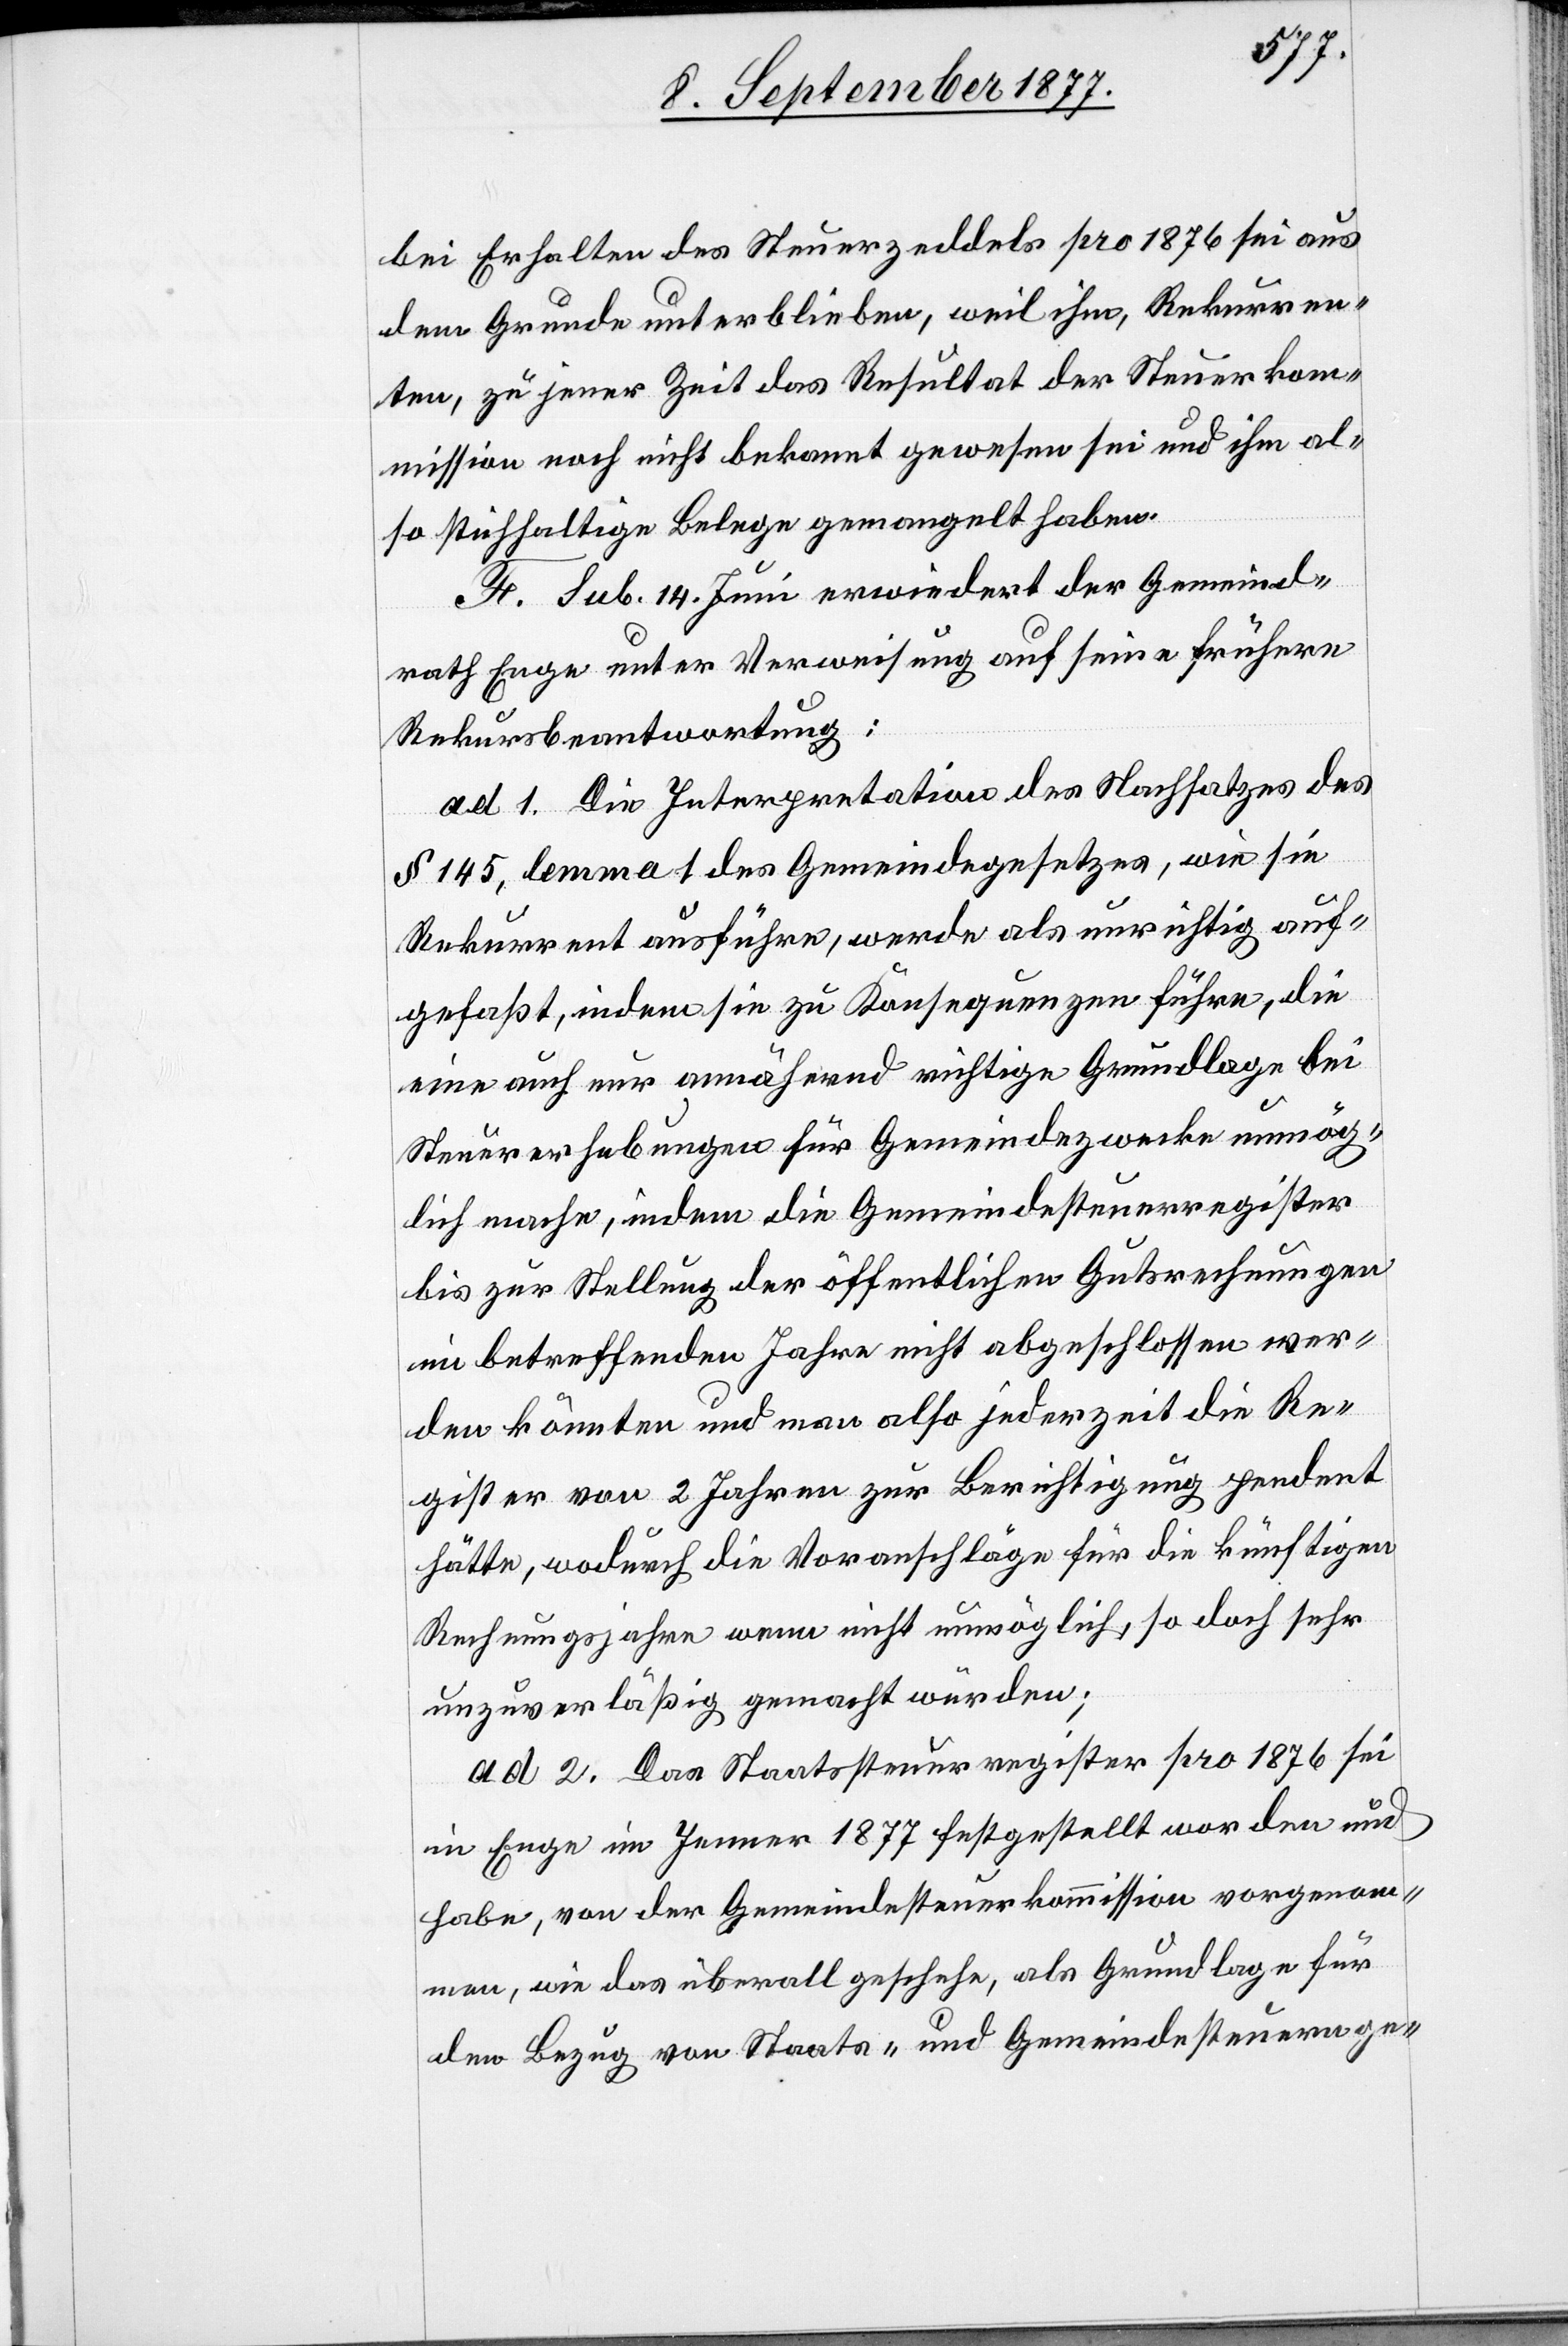
bei Erhalten des Steuerzeddels pro 1876 sei aus
dem Grunde unterblieben, weil ihm, Rekurren¬
ten, zu jener Zeit das Resultat der Steuerko¬
mmission noch nicht bekannt gewesen sei und ihm al¬
so stichhaltige Belege gemangelt haben.
F. Sub. 14. Juni erwiedert der Gemeind¬
rath Enge unter Verweisung auf seine frühere
Rekursbeantwortung:
ad 1. Die Interpretation des Nachsatzes des
§ 145, lemma 1 des Gemeindegesetzes, wie sie
Rekurrent ausführe, werde als unrichtig auf¬
gefaßt, indem sie zu Konsequenzen führe, die
eine auch nur annähernd richtige Grundlage bei
Steuererhebungen für Gemeindezwecke unmög¬
lich mache, indem die Gemeindesteuerregister
bis zur Stellung der öffentlichen Gutsrechnungen
im betreffenden Jahre nicht abgeschlossen wer¬
den könnten und man also jederzeit die Re¬
gister von 2 Jahren zur Berichtigung pendent
hätte, wodurch die Voranschläge für die künftigen
Rechnungsjahre wenn nicht unmöglich, so doch sehr
unzuverläßig gemacht würden;
ad 2. Das Staatssteuerregister pro 1876 sei
in Enge im Jenner 1877 festgestellt worden und
habe, von der Gemeindesteuerkommission vorgenom¬
men, wie das überall geschehe, als Grundlage für
den Bezug von Staats- und Gemeindesteuern ge-